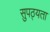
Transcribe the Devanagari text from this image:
सुपठ्यता